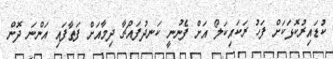
ކުޑައިރުކޮޅަކަށް ފަހު ރަކައިކަލޯ އަށް ފެނުނީ ކަނދުފައްޗާ ދިމާއަށް ފަތާފައި އަންނަ ދޮން